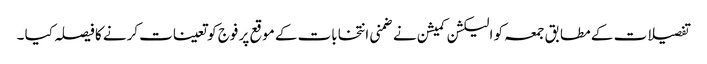
تفصیلات کے مطابق جمعہ کو الیکشن کمیشن نے ضمنی انتخابات کے موقع پر فوج کو تعینات کرنے کا فیصلہ کیا ۔